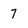
Character: 7